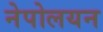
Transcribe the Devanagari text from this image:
नेपोलयन